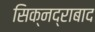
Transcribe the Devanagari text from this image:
सिक्नद्राबाद